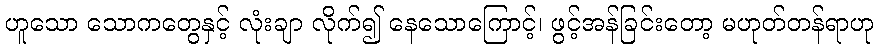
ဟူသော သောကတွေနှင့် လုံးချာ လိုက်၍ နေသောကြောင့်၊ ဖွင့်အန်ခြင်းတော့ မဟုတ်တန်ရာဟု